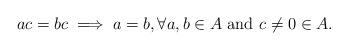
LaTeX: \begin{align*}ac=bc \implies a=b, \forall a,b \in A \textrm{ and }c \neq 0 \in A.\end{align*}